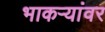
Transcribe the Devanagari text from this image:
भाकऱ्यांवर